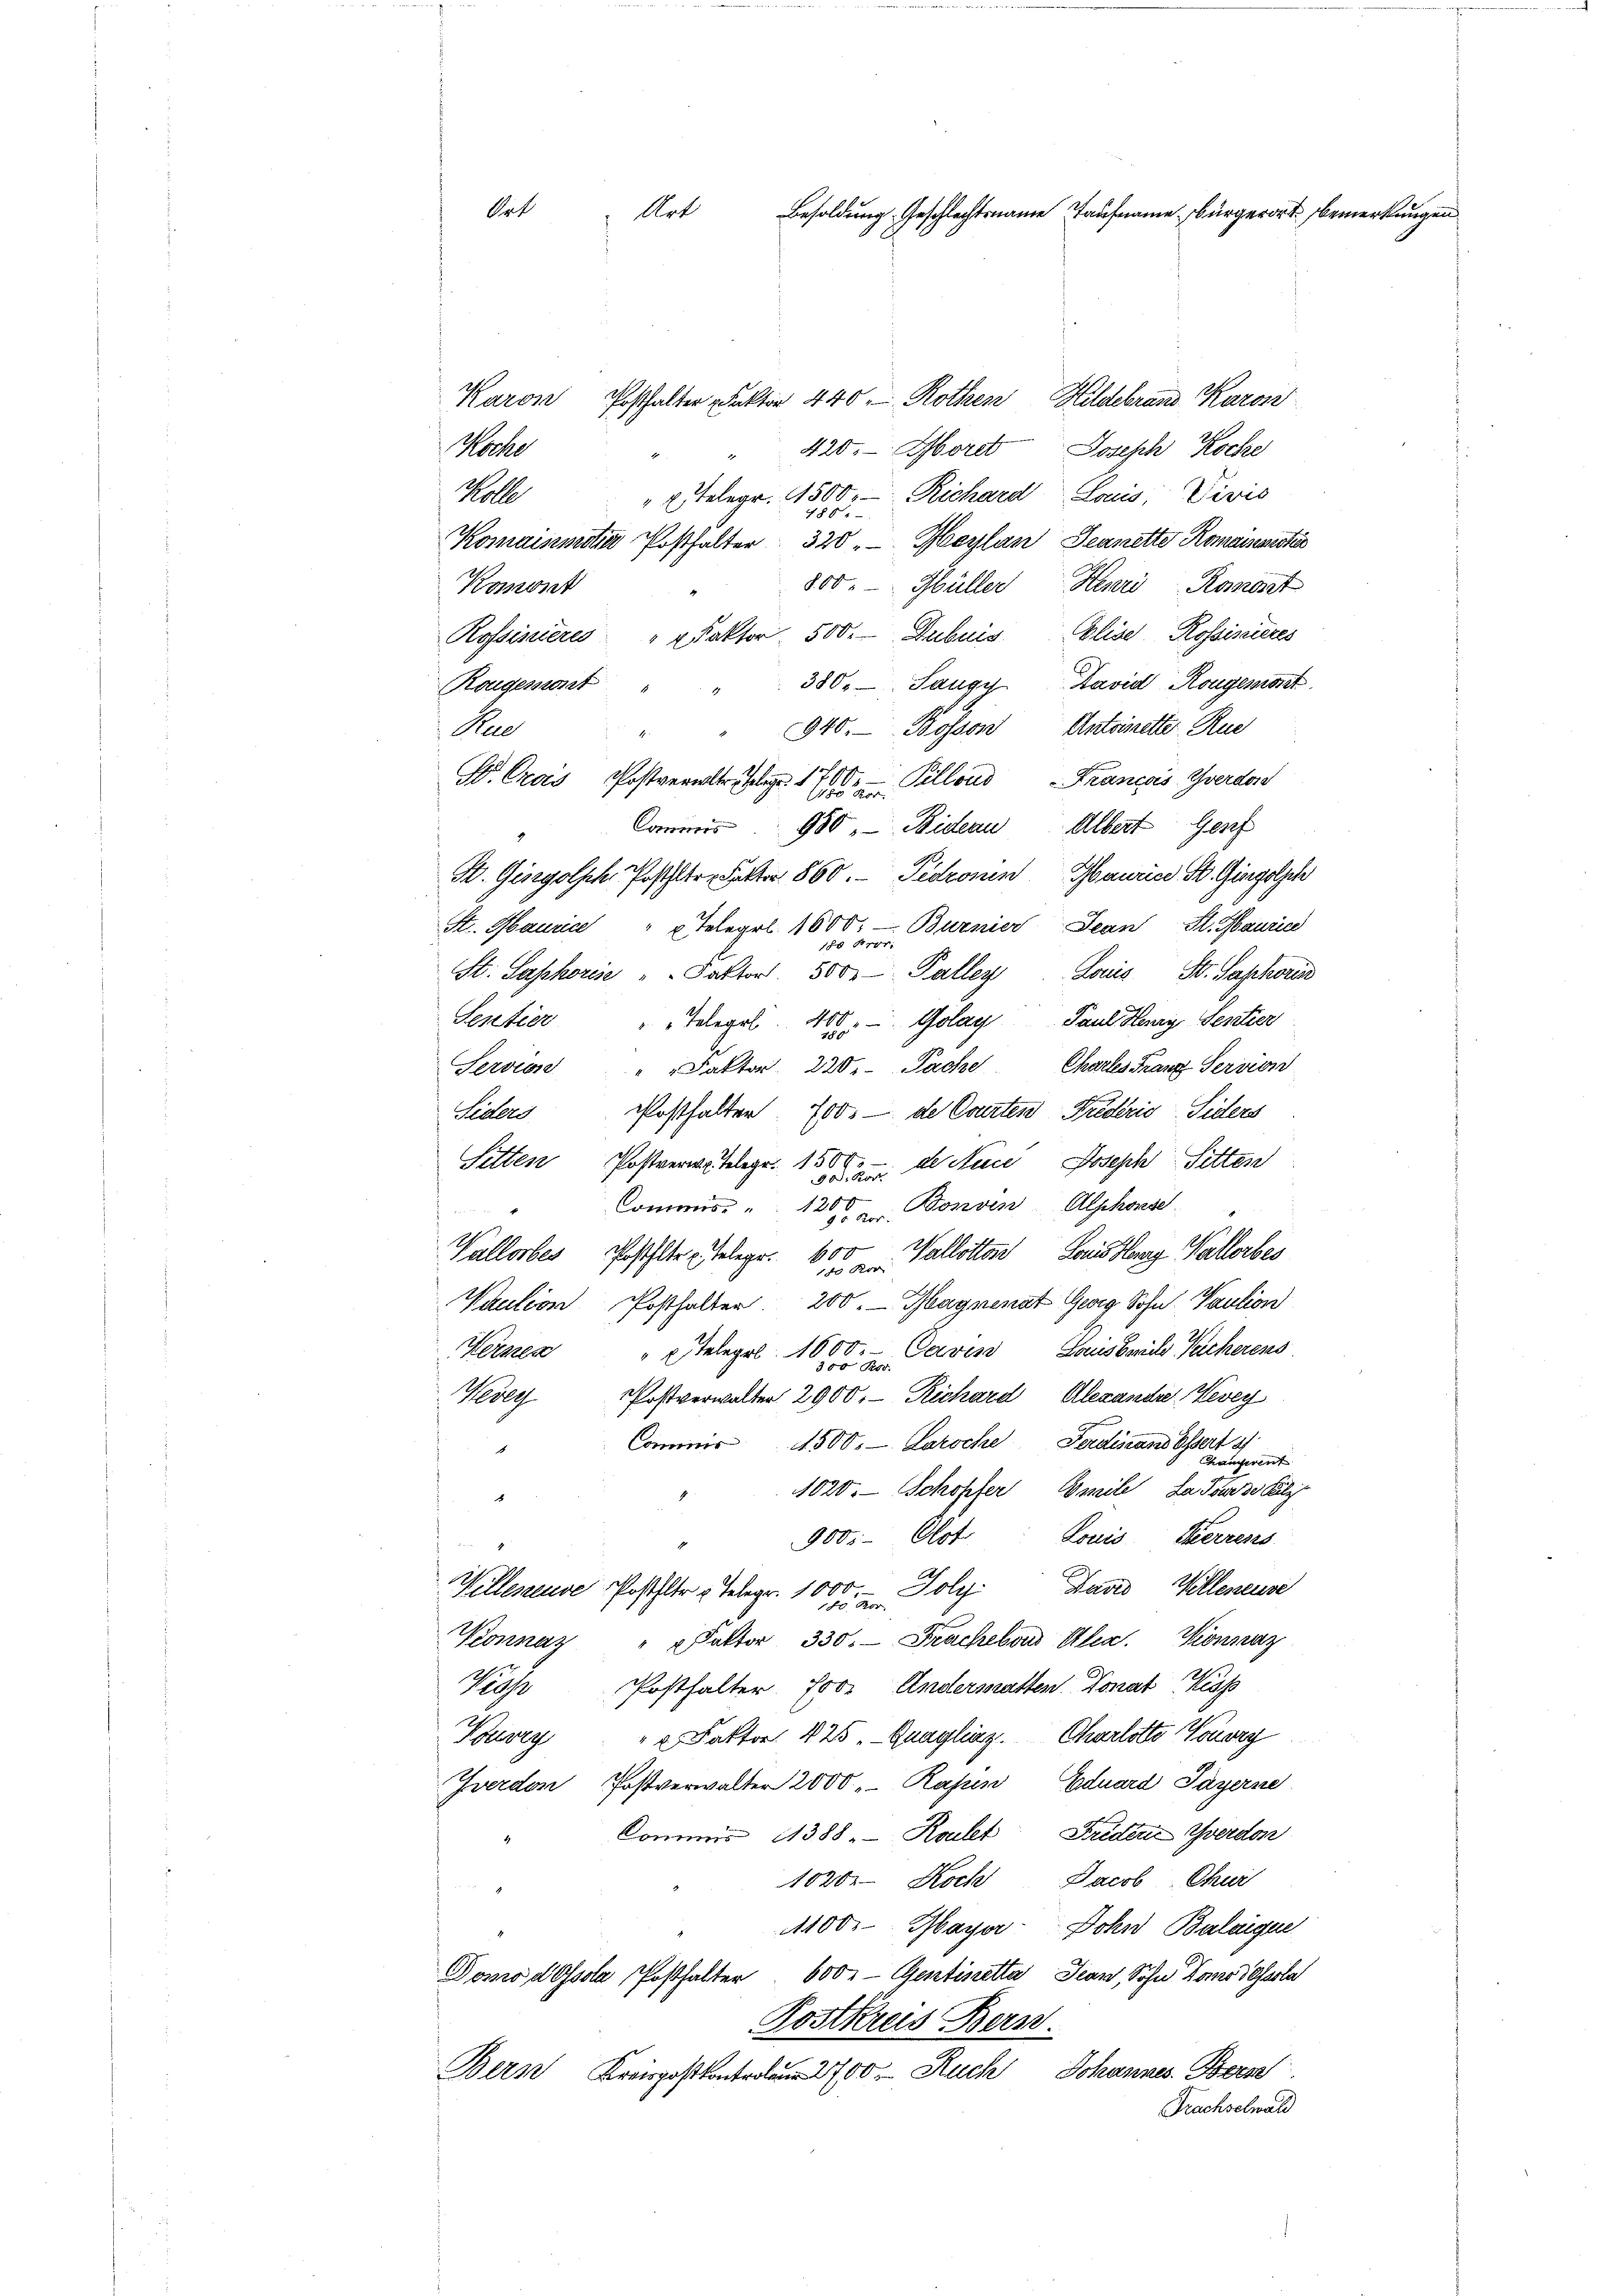
Rat
Art Besoldung Geschlechtsname Taufname bürgerort bemerkungen

Karon Posthalter Faktor 440 - Rothen Hildebranz Karos
Koche
Joseph Koche
420. Morel
Wolle
"x Telegr. 500. Richard Louis, Vivis
480
Komainmotia Posthalter 320. Maylan, Jeanette Konsinnster
800. Hüller Herr Ramont
Komont
Rossinieres "daktor 500. Dubuis Elise Rossisires
380. - Sangy David Rongemest
Rongesagt
940. Bosson Antoinette Ruc
Pae
i
I. Cros Postvertr. J. 1700. Pellons Francois, Yverdor
Commis 980, Bideau Albert Genf
9
St. Gingolsch Posttrakter 1860. Pedronen Maurice St. Gingolsch
Str. Maurice " " Telegel 1000.- Burnier Jean St. Mauric
1h Pror
St. Saphorise " " Faktor. 500 Palley Louis St. Saphoris
Sestier " " Telegel. 400. Golay Paul Henry Sentier
Servion " " Faktor 220. Sache Chartes Franz Servion
Posthalter 700.- de Cauten Friderio, Siders
Siders
Sitten Postverwe Telegr. 1500 der Aece Joseph Sitten
Commiss u. 12te Bonven Alphosse
Wallotter Lais Haag Wallerbes
100
Vallorbes Posthalter u. Telege.
10 Kor
Paution Posthalter 200. Magnenat Georg Sohn Kaution
" telegel 1000.- Caven Louissache Teicherens
Kernen
Postverwalter 2900. Richard Alexandre Vevey
No
Commis 4500. Laroche Ferdinand bessert
Chamerent
1020. Schopfer, Emile, da wurze Buly
5
Louis Herrens
900. Elst
2
Willeneure Postler Telegr. 1000. - Poly. David Willeneuse
Wonnaz " " Faktor 330. Frachebous Alex. Konsaz
Kiche Posthalter 700. Andermatten Tonat Kiss
Haury " " Faktor. 425. Quagliaz. Charlotte Vorory
Gverdon Postverwalter 2000 Rasen Eduard Payerne
Commis 11388. - Koult Friden Yverdon
1820. Koch Jacob Chur
 1
1100. Mayor-Dohn Balaigue
Domodosola Posthalter 600. - Gentinetta Jean, Sohn Dono sola
Postkreis Bern.
Bern Kreis 2700. Ruch Johannes Bern
Frachselwald